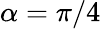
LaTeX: \alpha=\pi/4